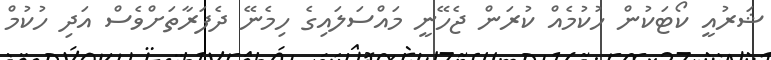
ޝަރުއީީ ކޯޓަކުން ހުކުމެއް ކުރަން ޖެހޭނީީ މައްސަލައިގެ ހިމެނޭ ދެފަރާތަށްވެސް އަދި ހުކުމް